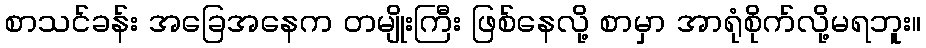
စာသင်ခန်း အခြေအနေက တမျိုးကြီး ဖြစ်နေလို့ စာမှာ အာရုံစိုက်လို့မရဘူး။